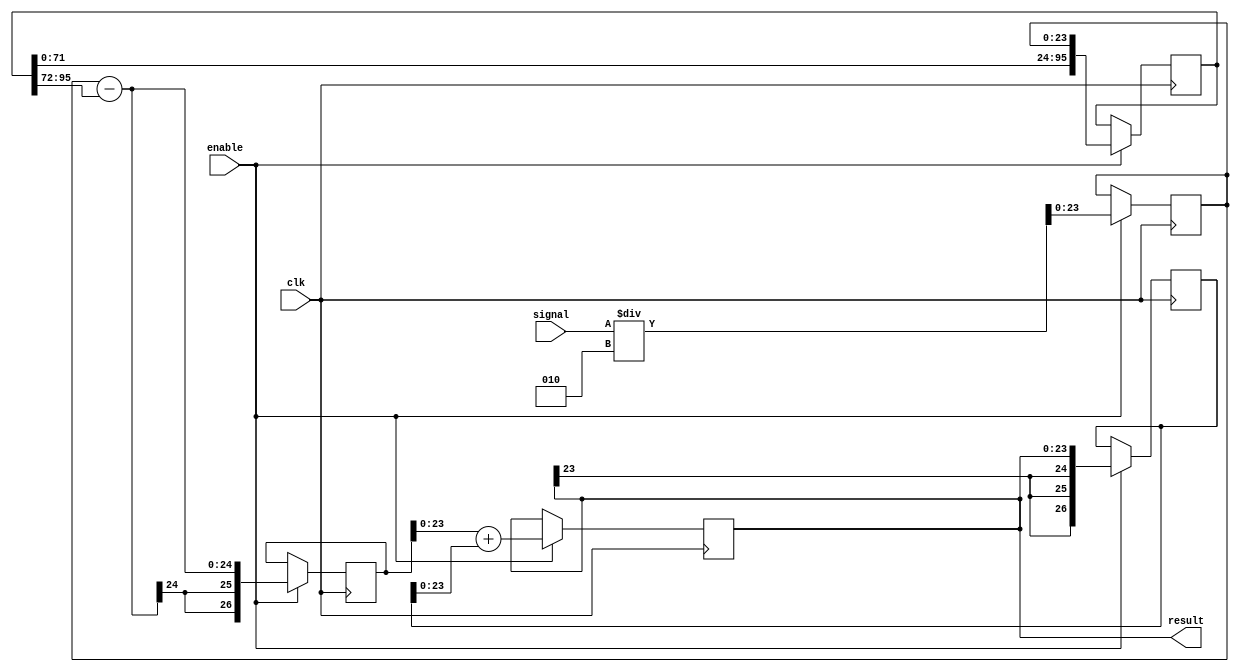
module average_filter_4 (
    clk,
	 enable,
    signal,
	 result
);




parameter AUDIO_DATA_WIDTH  = 6'd24;
parameter NUMBER_OF_SAMPLES = 4; //do not use something like 8'd64 here !!
parameter N = 2; // set it to LOG(NUMBER_OF_SAMPLES)

//calculated parameters dependand on previous parameters
parameter FIFO_WIDTH = NUMBER_OF_SAMPLES * AUDIO_DATA_WIDTH-1;
parameter LAST_SAMPLE_IN_FIFO = (NUMBER_OF_SAMPLES-1) * AUDIO_DATA_WIDTH;

//in out
input													clk;
input													enable;
input			signed [AUDIO_DATA_WIDTH-1:0]	signal;
output reg	signed [AUDIO_DATA_WIDTH-1:0]	result;

//extra registers
reg [FIFO_WIDTH:0] fifo;

reg signed [AUDIO_DATA_WIDTH+2:0] acc;
reg signed [AUDIO_DATA_WIDTH+2:0] tmp;
reg signed [AUDIO_DATA_WIDTH-1:0] data;



always @ (posedge clk ) begin	
	if (enable) begin		  
		//divide input
		data <= signal / N;

		//put it in fifo
		fifo <= {fifo, data};

		tmp <= data - fifo[FIFO_WIDTH:LAST_SAMPLE_IN_FIFO];

		result <= tmp + acc;

		acc <= result;
	end
end

endmodule